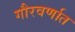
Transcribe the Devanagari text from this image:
गौरवर्णात